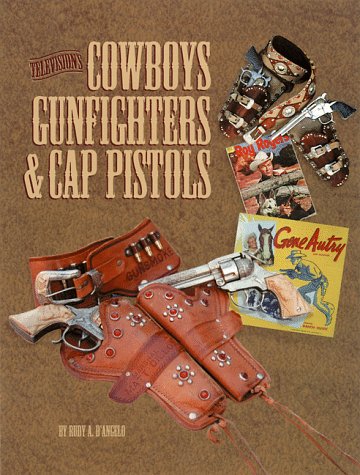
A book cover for Television's Cowboys, Gunfighters and Their Cap Pistols; Rudy D'Angelo; Crafts, Hobbies & Home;